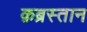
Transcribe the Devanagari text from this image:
क़ब्रस्तान